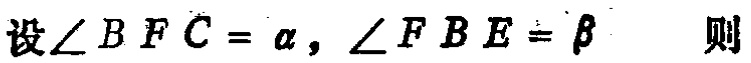
设\(\angle BFC = \alpha, \angle FBE = \beta\) 则